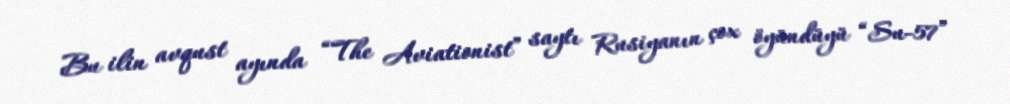
Bu ilin avqust ayında “The Aviationist” saytı Rusiyanın çox öyündüyü “Su-57”